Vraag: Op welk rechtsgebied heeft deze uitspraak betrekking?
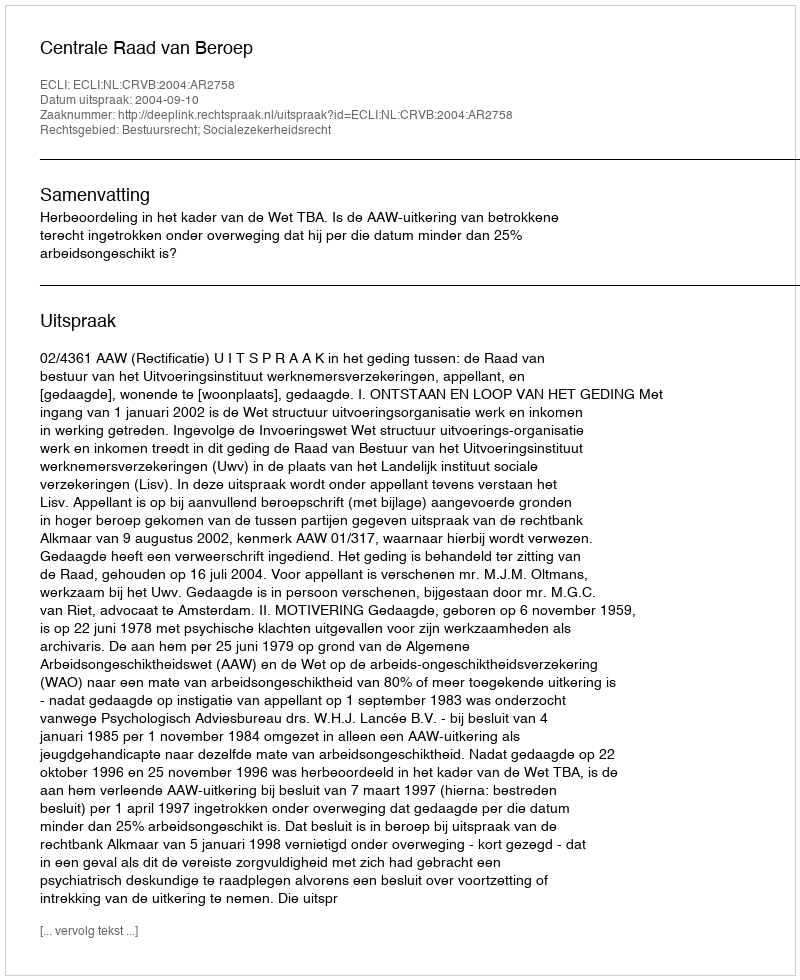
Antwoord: Bestuursrecht; Socialezekerheidsrecht